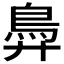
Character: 𬶽